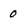
Character: 0